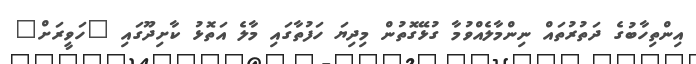
އިންތިހާބުގެ ދަތުރުތައް ނިންމާލެއްވުމާ ގުޅޭގޮތުން މިދިޔަ ހަފުތާގައި މާލެ އަތޮޅު ކާށިދޫގައި "ހަވީރަށް"